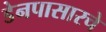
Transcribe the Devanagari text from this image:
डेनपासारचे